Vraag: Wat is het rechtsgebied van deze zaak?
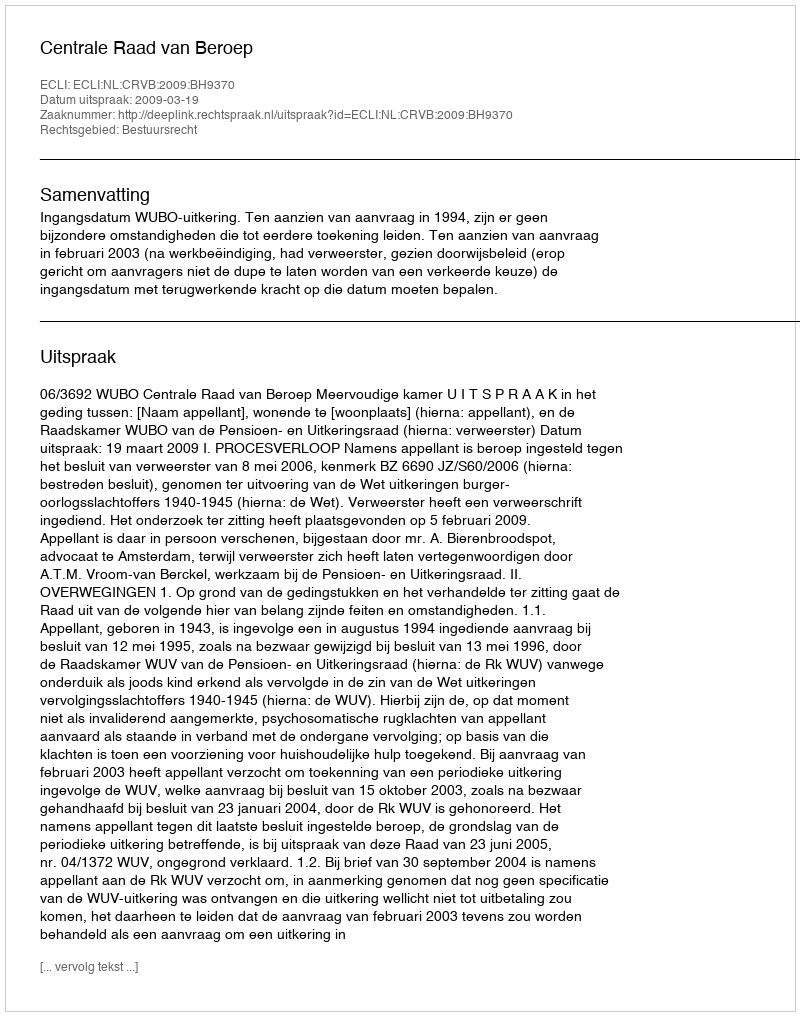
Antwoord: Bestuursrecht